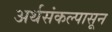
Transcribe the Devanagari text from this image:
अर्थसंकल्पासून